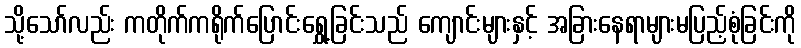
သို့သော်လည်း ကတိုက်ကရိုက်ပြောင်းရွှေ့ခြင်းသည် ကျောင်းများနှင့် အခြားနေရာများမပြည့်စုံခြင်းကို